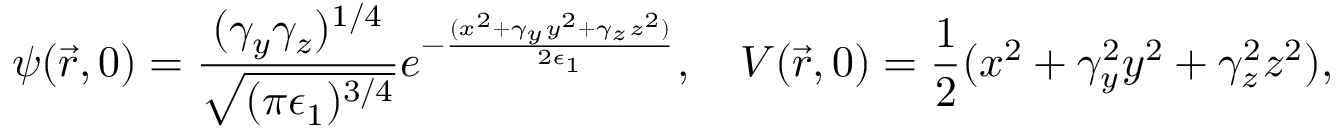
\psi ( \vec { r } , 0 ) = \frac { ( \gamma _ { y } \gamma _ { z } ) ^ { 1 / 4 } } { \sqrt { ( \pi \epsilon _ { 1 } ) ^ { 3 / 4 } } } e ^ { - \frac { ( x ^ { 2 } + \gamma _ { y } y ^ { 2 } + \gamma _ { z } z ^ { 2 } ) } { 2 \epsilon _ { 1 } } } , \ \ \ V ( \vec { r } , 0 ) = \frac { 1 } { 2 } ( x ^ { 2 } + \gamma _ { y } ^ { 2 } y ^ { 2 } + \gamma _ { z } ^ { 2 } z ^ { 2 } ) ,